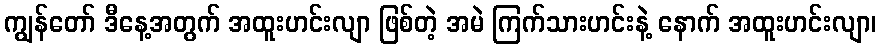
ကျွန်တော် ဒီနေ့အတွက် အထူးဟင်းလျာ ဖြစ်တဲ့ အမဲ ကြက်သားဟင်းနဲ့ နောက် အထူးဟင်းလျာ၊